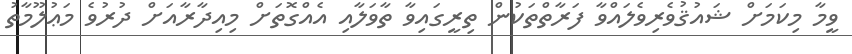
ވީމާ މިކަމަށް ޝައުޤުވެރިވެލައްވާ ފަރާތްތަކުން ތިރީގައިވާ ތާވަލާއި އެއްގޮތަށް މިއިދާރާއަށް ދުރުވެ މަޢުލޫމާތު